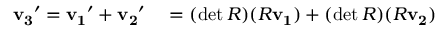
\begin{array} { r l } { \mathbf { v _ { 3 } } ^ { \prime } = \mathbf { v _ { 1 } } ^ { \prime } + \mathbf { v _ { 2 } } ^ { \prime } } & { { } = ( \operatorname* { d e t } R ) ( R \mathbf { v _ { 1 } } ) + ( \operatorname* { d e t } R ) ( R \mathbf { v _ { 2 } } ) } \end{array}